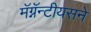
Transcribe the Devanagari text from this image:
मॅग्नॅन्टीयसने